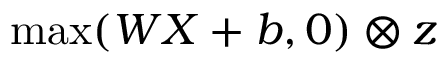
\operatorname* { m a x } ( W X + b , 0 ) \otimes z